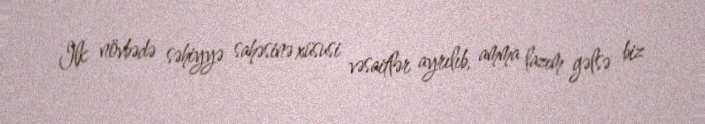
Ilk növbədə səhiyyə sahəsinə xüsusi vəsaitlər ayrılıb, amma lazım gəlsə biz